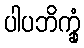
ပါပဘိက္ခုံ